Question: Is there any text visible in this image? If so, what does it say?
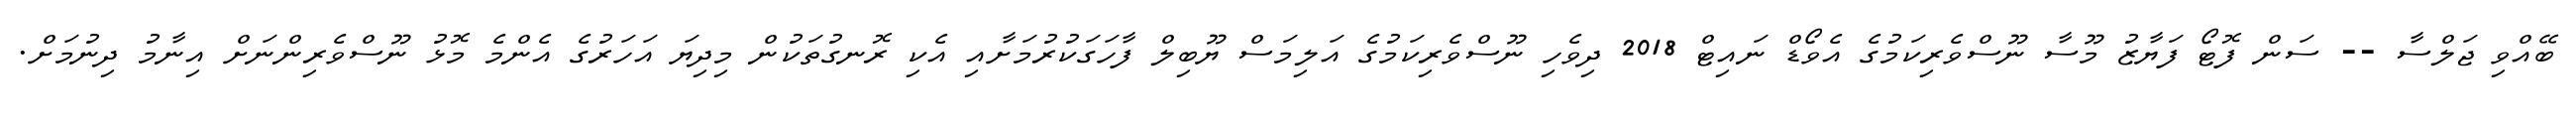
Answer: ބޭއްވި ޖަލްސާ -- ސަން ފޮޓޯ ފަޔާޒު މޫސާ ނޫސްވެރިކަމުގެ އެވޯޑް ނައިޓް 2018 ދިވެހި ނޫސްވެރިކަމުގެ އަލިމަސް ޔޫބިލް ފާހަގަކުރުމަށާއި އެކި ރޮނގުތަކުން މިދިޔަ އަހަރުގެ އެންމެ މޮޅު ނޫސްވެރިންނަށް އިނާމު ދިނުމަށް.